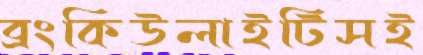
ব্রংকিউলাইটিসই